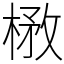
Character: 㮘